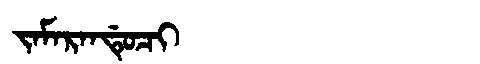
Manchu: ᠵᠠᠮᠠᡵᠠᠨᡩᡠᠴᡳ
Romanization: JAMARANDUCI